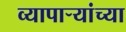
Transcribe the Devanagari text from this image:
व्यापार्‍यांच्या